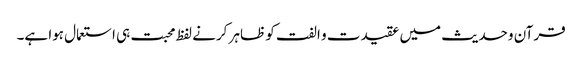
قرآن وحدیث میں عقیدت و الفت کو ظاہر کرنے لفظ محبت ہی استعمال ہوا ہے۔